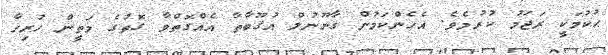
ޙުކުމަކީ ރަޖަމު ކުރުމެވެ. އެހެންކަމުން ޤާނޫނުލް އުޤޫބާތާ އެއްގޮތްވާ ގޮތުގެ މަތީން ހުރިހާ